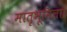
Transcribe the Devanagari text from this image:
मातृभूमिला।